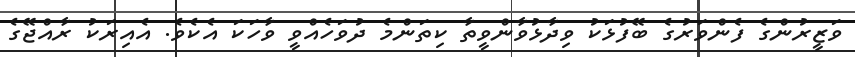
ވަޒީރުންގެ ފެންވަރުގެ ބޭފުޅަކު ވިދާޅުވާންވީތާ ކިތަންމެ ދުވަހެއްވީ ވާހަކަ އެކެވެ. އެއިރަކު ރާއްޖޭގެ